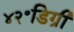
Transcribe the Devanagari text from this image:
४२॰डिग्री